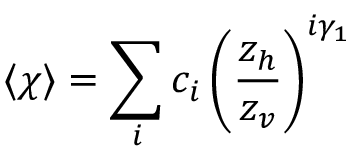
\langle \chi \rangle = \sum _ { i } c _ { i } \left( \frac { z _ { h } } { z _ { v } } \right) ^ { i \gamma _ { 1 } }